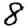
Digit: 8